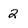
Character: 2